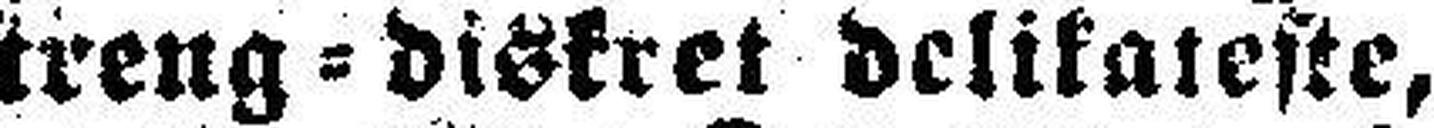
streng=diskret delikateste,